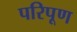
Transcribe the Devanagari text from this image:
परिपूण